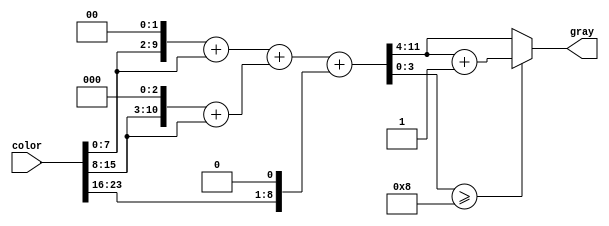
module grayscale(color,gray);
	input [23:0] color;
	output [7:0] gray;
/************ your code **************/
	wire [11:0] temp_r1;
	wire [11:0] temp_g1;
	wire [11:0] temp_b1;
	wire [11:0] temp_r2;
	wire [11:0] temp_g2;
	wire [11:0] temp_b2;
	wire [11:0] temp_result;
	
	assign temp_r1 = {color[7:0],4'b0};
	assign temp_g1 = {color[15:8],4'b0};
	assign temp_b1 = {color[23:16],4'b0};
	assign temp_r2 = (temp_r1>>2) + (temp_r1>>4);
	assign temp_g2 = (temp_g1>>1) + (temp_g1>>4);
	assign temp_b2 = temp_b1>>3;
	assign temp_result = temp_r2 + temp_g2 + temp_b2;
	assign gray = (temp_result[3:0] >= 4'b1000)? temp_result[11:4] + 8'h1 : temp_result[11:4];
/************************************/
endmodule